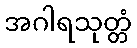
အဂါရသုတ္တံ